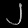
Digit: ၂